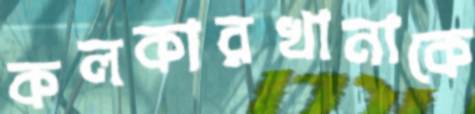
কলকারখানাকে